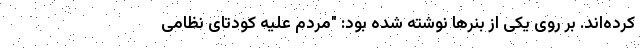
کرده‌اند. بر روی یکی از بنرها نوشته شده بود: "مردم علیه کودتای نظامی